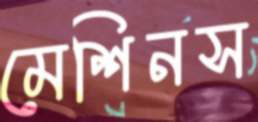
মেশিনস